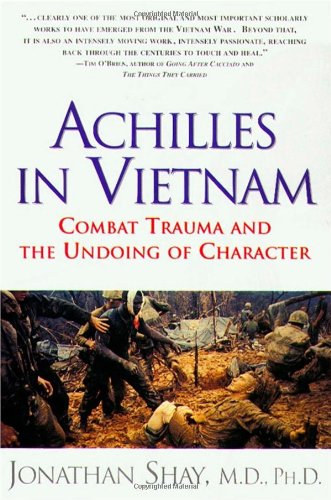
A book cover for Achilles in Vietnam: Combat Trauma and the Undoing of Character; Jonathan Shay; Medical Books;